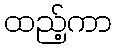
ထည့်ကာ